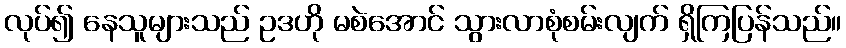
လုပ်၍ နေသူများသည် ဥဒဟို မစဲအောင် သွားလာစုံစမ်းလျက် ရှိကြပြန်သည်။